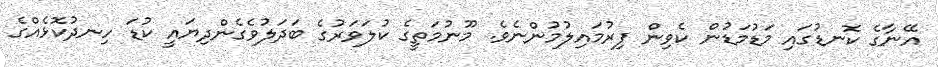
އޭނާގެ ކޮނޑުގައި މަޑުމަޑުން ކެވިން ފިރުމައިލުމުންނެވެ. މޫނުމަތީގެ ކުލަވަރުގެ ބަދަލުވެގެންދިޔައީ ކުޑަ ހިނދުކޮޅެއްގެ